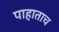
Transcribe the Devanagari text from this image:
पाहाताच